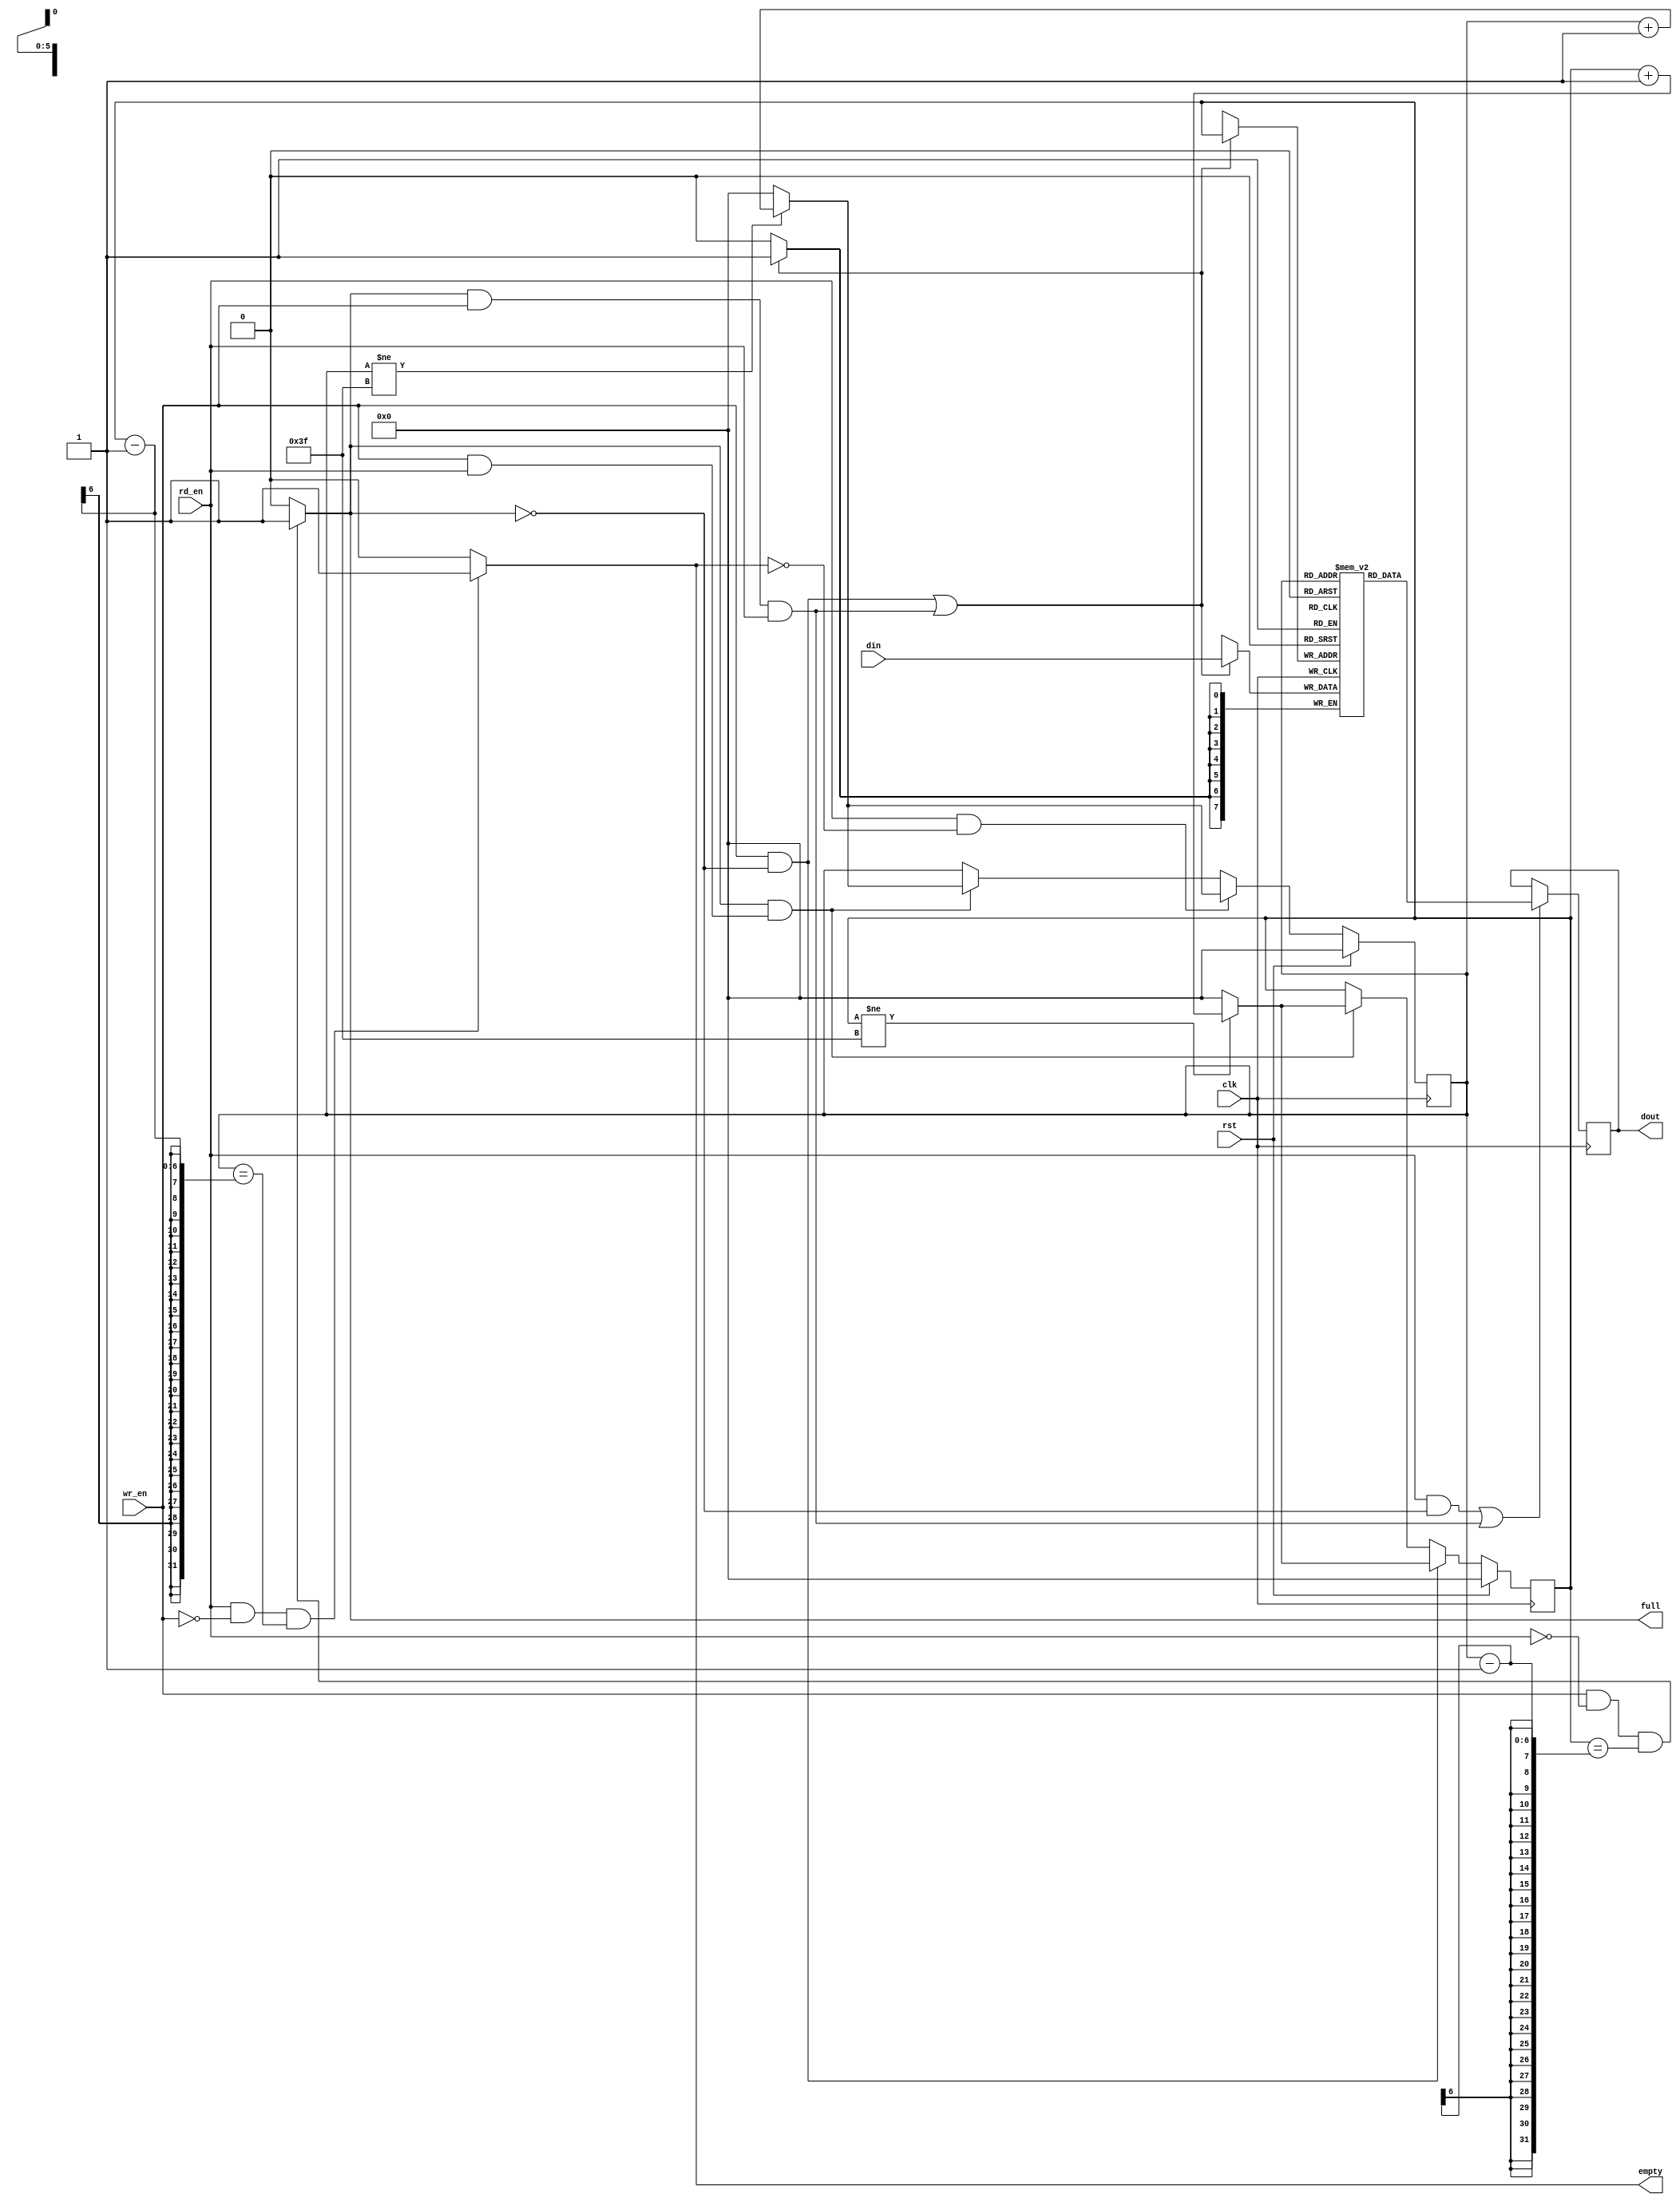
module SynsFIFO
#(  parameter WIDTH=4'd8,
    parameter LOG2DEPTH=4'd6)//864,2
(
input clk,
input rst,
input[WIDTH-1 : 0] din,
input wr_en,
input rd_en,
output reg [WIDTH-1 : 0] dout,
output empty,
output full
); 
reg [WIDTH-1 : 0] ram [(1<<LOG2DEPTH)-1 : 0];//
reg [LOG2DEPTH-1 :0] rp,wp;//

always@(posedge clk) begin
    if((wr_en & ~full) || (full & wr_en & rd_en))
        begin
        ram[wp] <= din;
    end
end

//dout
//assign dout = (rd_en & ~empty)?ram[rp]:0;
always@(posedge clk) begin
    if((rd_en & ~full) || (full & wr_en & rd_en))
        begin
        dout <= ram[rp];
    end
end

//wp
always@(posedge clk)begin
    if(rst) begin
        wp <= 0;
    end
    else if(wr_en & ~full) begin
        if (wp != (1<<LOG2DEPTH)-1)
            wp <= wp + 1;
        else wp <= 0;
    end
    else if(full && (wr_en & rd_en)) begin
        if (wp != (1<<LOG2DEPTH)-1)
            wp <= wp + 1;
        else wp <= 0;
    end
end

always@(posedge clk) begin
    if(rst) begin
        rp <= 0;
    end
    else if(rd_en & ~empty) begin
        if (rp != (1<<LOG2DEPTH)-1)
            rp <= rp + 1;
        else rp <= 0;
    end
    else if(full && (wr_en & rd_en)) begin
        if (rp != (1<<LOG2DEPTH)-1)
            rp <= rp + 1;
        else rp <= 0;
    end
end

assign full = ((wr_en & ~rd_en) && (wp == rp - 1)) ?1:0;
assign empty = ((rd_en & ~wr_en) && (rp == wp - 1))?1:0;
endmodule